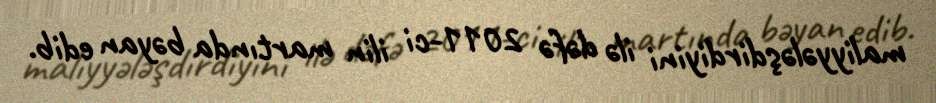
maliyyələşdirdiyini ilə dəfə 2011-ci ilin martında bəyan edib.